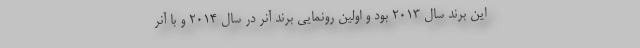
این برند سال ۲۰۱۳ بود و اولین رونمایی برند آنر در سال ۲۰۱۴ و با آنر